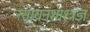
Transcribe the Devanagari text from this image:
रसायनशाश्त्रज्ञ